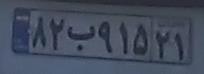
۸۲ب۹۱۵۲۱